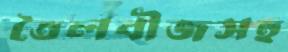
তৈলবীজসহ